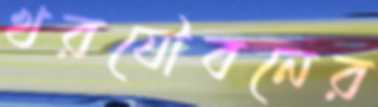
খরযৌবনের